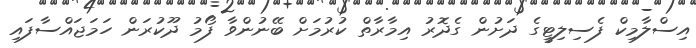
އިސްލާމިކް ފެސިލިޓީގެ ދަށުން ގެދޮރު އިމާރާތް ކުރުމަށް ބޭނުންވާ ފޯމު ދޫކުރަން ހަމަޖައްސާފައި